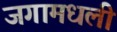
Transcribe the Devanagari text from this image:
जगामधली